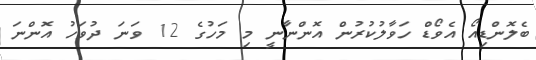
ބެލޮންޑިއޯ އެވޯޑް ހަވާލުކުރުން އޮންނާނީ މި މަހުގެ 12 ވަނަ ދުވަހު އޮންނަ